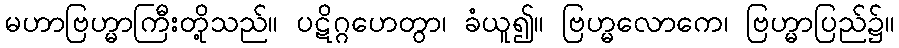
မဟာဗြဟ္မာကြီးတို့သည်။ ပဋိဂ္ဂဟေတွာ၊ ခံယူ၍။ ဗြဟ္မလောကေ၊ ဗြဟ္မာပြည်၌။